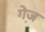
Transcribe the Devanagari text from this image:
गे़ज